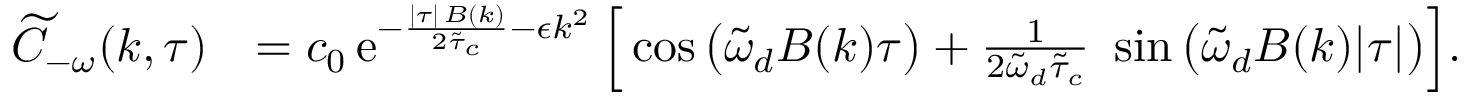
\begin{array} { r l } { \widetilde { C } _ { - \omega } ( k , \tau ) } & { = c _ { 0 } \, \mathrm { e } ^ { - \frac { \lvert \tau \rvert \, B ( k ) } { 2 \tilde { \tau } _ { c } } - \epsilon k ^ { 2 } } \, \Big [ \cos \big ( \tilde { \omega } _ { d } B ( k ) \tau \big ) + \frac { 1 } { 2 \tilde { \omega } _ { d } \tilde { \tau } _ { c } } \ \sin \big ( \tilde { \omega } _ { d } B ( k ) \lvert \tau \rvert \big ) \Big ] . } \end{array}